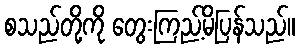
စသည်တို့ကို တွေးကြည့်မိပြန်သည်။